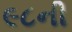
૯૮ની